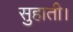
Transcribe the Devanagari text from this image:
सुहाती।